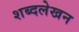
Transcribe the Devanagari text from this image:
शब्दलेखन